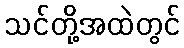
သင်တို့အထဲတွင်